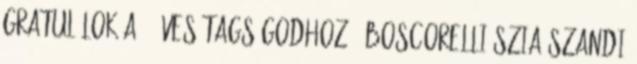
Gratulálok a 6 éves tagságodhoz : Boscorelli Szia Szandi